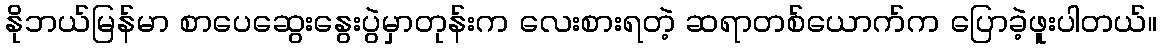
နိုဘယ်မြန်မာ စာပေဆွေးနွေးပွဲမှာတုန်းက လေးစားရတဲ့ ဆရာတစ်ယောက်က ပြောခဲ့ဖူးပါတယ်။